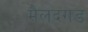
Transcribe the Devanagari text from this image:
मैलदगड